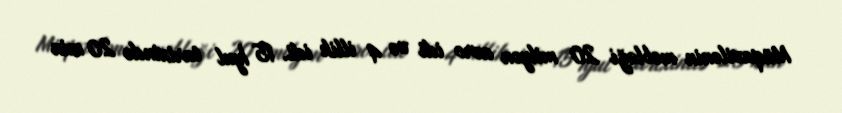
Müqavilənin məbləği 20 milyon avro idi və 4 illik idi. 15 İyul tarixində 20 min